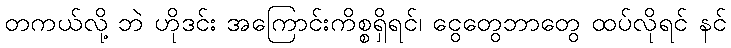
တကယ်လို့ ဘဲ ဟိုဒင်း အကြောင်းကိစ္စရှိရင်၊ ငွေတွေဘာတွေ ထပ်လိုရင် နင်